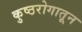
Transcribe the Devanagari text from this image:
कुष्ठरोगातून